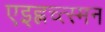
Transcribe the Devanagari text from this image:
एइह्नच्त्स्मन